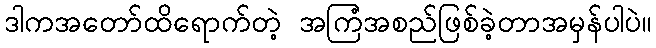
ဒါကအတော်ထိရောက်တဲ့ အကြံအစည်ဖြစ်ခဲ့တာအမှန်ပါပဲ။